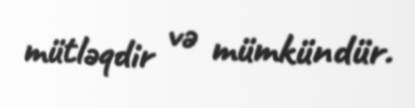
mütləqdir və mümkündür.